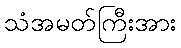
သံအမတ်ကြီးအား